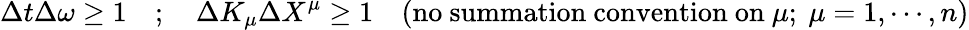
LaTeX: \Delta t\Delta\omega\geq 1\quad;\quad\Delta K_{\mu}\Delta X^{\mu}\geq 1\quad(\mathrm{no\ summation\ convention\ on}\ \mu;\ \mu=1,\cdots,n)